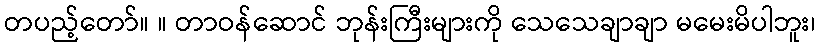
တပည့်တော်။ ။ တာဝန်ဆောင် ဘုန်းကြီးများကို သေသေချာချာ မမေးမိပါဘူး၊